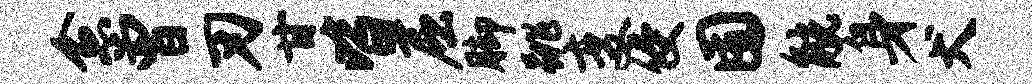
愈曾刃甘皆屈脚跳变侵囿觥身犬